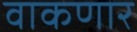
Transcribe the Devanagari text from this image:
वाकणार